Civil Veterinary Department. Madras. Admin. report 1926-33 - 1926-1933
Year: 1926
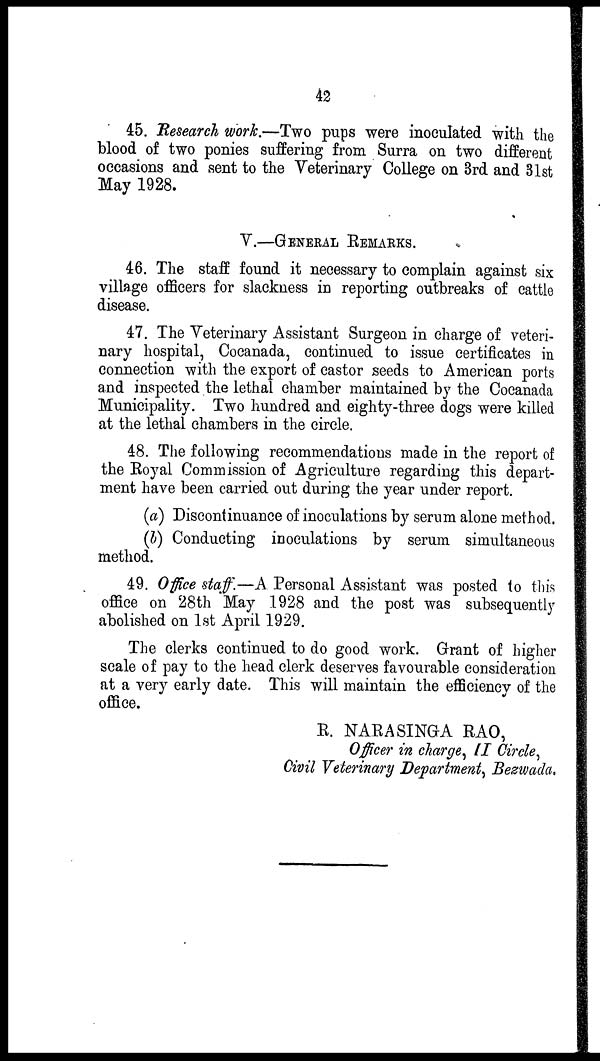
42
45. Research work.—Two pups were inoculated with the
blood of two ponies suffering from Surra on two different
occasions and sent to the Veterinary College on 3rd and 31st
May 1928.
V.—GENERAL REMARKS.
46. The staff found it necessary to complain against six
village officers for slackness in reporting outbreaks of cattle
disease.
47. The Veterinary Assistant Surgeon in charge of veteri-
nary hospital, Cocanada, continued to issue certificates in
connection with the export of castor seeds to American ports
and inspected the lethal chamber maintained by the Cocanada
Municipality. Two hundred and eighty-three dogs were killed
at the lethal chambers in the circle.
48. The following recommendations made in the report of
the Royal Commission of Agriculture regarding this depart-
ment have been carried out during the year under report.
(a) Discontinuance of inoculations by serum alone method.
(b) Conducting inoculations by serum simultaneous
method.
49. Office staff.—A Personal Assistant was posted to this
office on 28th May 1928 and the post was subsequently
abolished on 1st April 1929.
The clerks continued to do good work. Grant of higher
scale of pay to the head clerk deserves favourable consideration
at a very early date. This will maintain the efficiency of the
office.
R. NARASINGA RAO,
Officer in charge, II Circle,
Civil Veterinary Department, Bezwada.